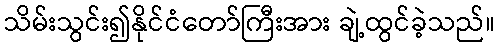
သိမ်းသွင်း၍နိုင်ငံတော်ကြီးအား ချဲ့ထွင်ခဲ့သည်။